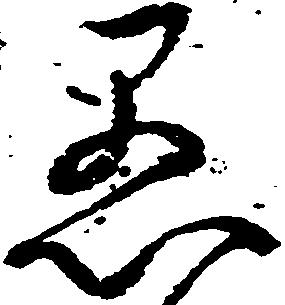
愚